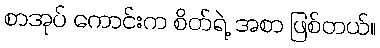
စာအုပ် ကောင်းက စိတ်ရဲ့ အစာ ဖြစ်တယ်။